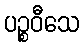
ပဉ္စဝီသေ